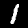
Label: 1